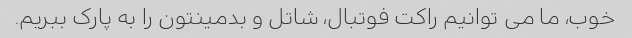
خوب، ما می توانیم راکت فوتبال، شاتل و بدمینتون را به پارک ببریم.